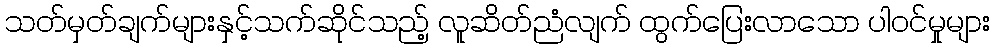
သတ်မှတ်ချက်များနှင့်သက်ဆိုင်သည့် လူဆိတ်ညံလျက် ထွက်ပြေးလာသော ပါဝင်မှုများ